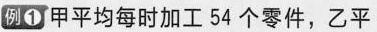
例①甲平均每时加工54个零件，乙平